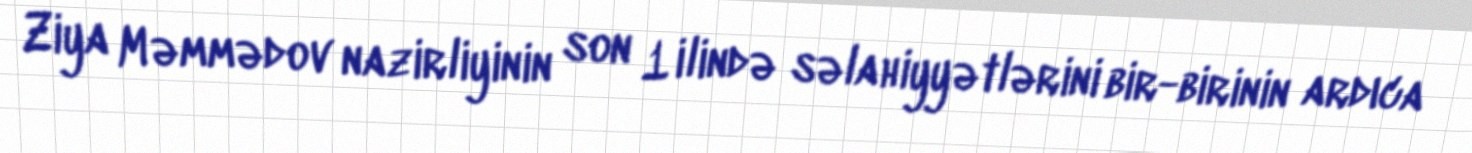
Ziya Məmmədov nazirliyinin son 1 ilində səlahiyyətlərini bir-birinin ardıca